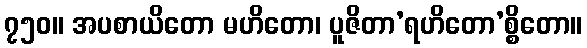
၇၅၀။ အပစာယိတော မဟိတော၊ ပူဇိတာ’ရဟိတော’စ္စိတော။